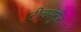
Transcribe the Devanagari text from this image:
टीचस्ट्रीट